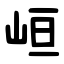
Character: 峘